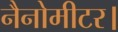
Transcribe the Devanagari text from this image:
नैनोमीटर।